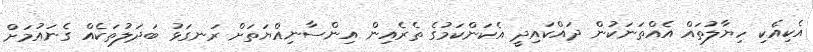
އެކިއެކި ހިޔާލުތައް އެއްތަނަކުން ދައްކައިދީ އެކަންކަމުގެ ތެރެއިން އިންސާނިއްޔަތަށް ރަނގަޅު ބަދަލުތަކެއް ގެނައުމަށް